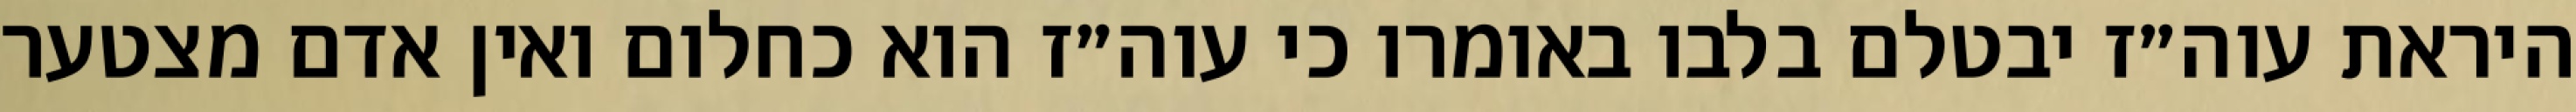
היראת עוה״ז יבטלם בלבו באומרו כי עוה״ז הוא כחלום ואין אדם מצטער